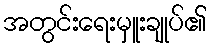
အတွင်းရေးမှူးချုပ်၏